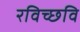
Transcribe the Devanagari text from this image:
रविच्छवि